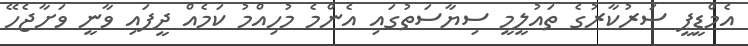
އެމްޑީޕީ ސަރުކާރުގެ ތައުލީމީ ސިޔާސަތުގައި އެންމެ މުހިއްމު ކަމެއް ދީފައި ވާނީ ވަށާޖެހޭ